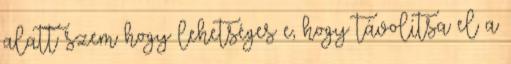
alatt szem hogy lehetséges e, hogy távolítsa el a